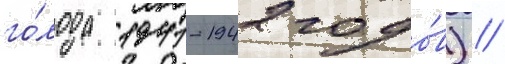
го́лода 1941-1942 годо́в) //